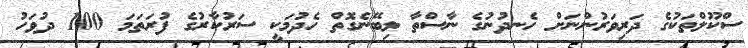
ސްކޫލްތަކުގެ ދަރިވަރުންނަށް ހެނދުނުގެ ނާސްތާ ލިބޭނެގޮތް ހެދުމަކީ ސަރުކާރުގެ ފުރަތަމަ 100 ދުވަހު